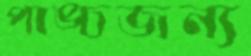
পাঙ্চজন্য